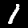
Digit: 1